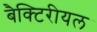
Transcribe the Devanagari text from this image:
बैक्टिरीयल